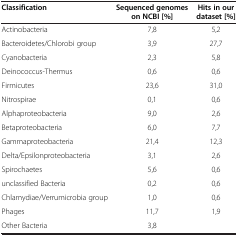
<table><thead><tr><td><b>Classification</b></td><td><b>Sequenced genomes on NCBI [%]</b></td><td><b>Hits in our dataset [%]</b></td></tr></thead><tbody><tr><td>Actinobacteria</td><td>7,8</td><td>5,2</td></tr><tr><td>Bacteroidetes/Chlorobi group</td><td>3,9</td><td>27,7</td></tr><tr><td>Cyanobacteria</td><td>2,3</td><td>5,8</td></tr><tr><td>Deinococcus-Thermus</td><td>0,6</td><td>0,6</td></tr><tr><td>Firmicutes</td><td>23,6</td><td>31,0</td></tr><tr><td>Nitrospirae</td><td>0,1</td><td>0,6</td></tr><tr><td>Alphaproteobacteria</td><td>9,0</td><td>2,6</td></tr><tr><td>Betaproteobacteria</td><td>6,0</td><td>7,7</td></tr><tr><td>Gammaproteobacteria</td><td>21,4</td><td>12,3</td></tr><tr><td>Delta/Epsilonproteobacteria</td><td>3,1</td><td>2,6</td></tr><tr><td>Spirochaetes</td><td>5,6</td><td>0,6</td></tr><tr><td>unclassified Bacteria</td><td>0,2</td><td>0,6</td></tr><tr><td>Chlamydiae/Verrumicrobia group</td><td>1,0</td><td>0,6</td></tr><tr><td>Phages</td><td>11,7</td><td>1,9</td></tr><tr><td>Other Bacteria</td><td>3,8</td><td> </td></tr></tbody></table>